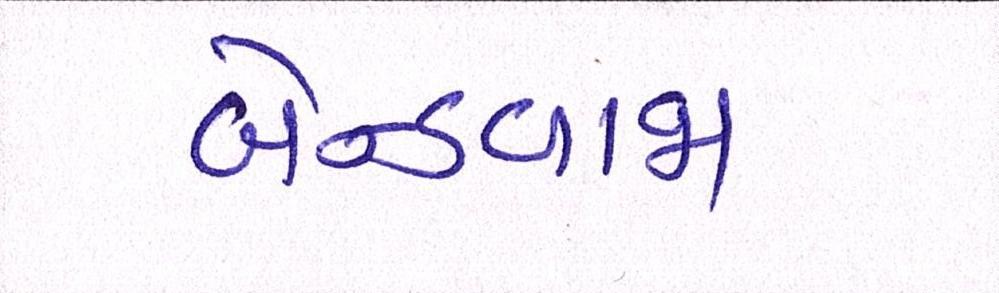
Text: બેન્ડવાજા